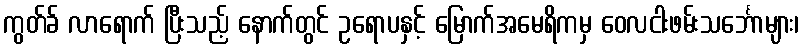
ကွတ်ခ် လာရောက် ပြီးသည့် နောက်တွင် ဥရောပနှင့် မြောက်အမေရိကမှ ဝေလငါးဖမ်းသင်္ဘောများ၊